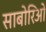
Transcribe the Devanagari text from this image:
साबोरिओ